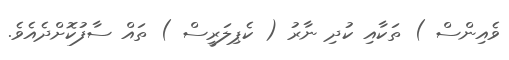
ވެއިންސް ) ތަކާއި ކުދި ނާރު ( ކެޕިލަރީސް ) ތައް ސާފުކޮށްދެއެވެ.